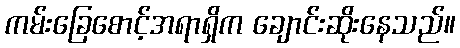
ကမ်းခြေစောင့်အရာရှိက ချောင်းဆိုးနေသည်။